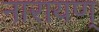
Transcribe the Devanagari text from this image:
नारायण्